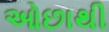
ઓછાથી